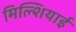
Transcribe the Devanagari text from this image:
मिल्शियाई